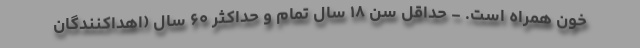
خون همراه است. - حداقل سن ۱۸ سال تمام و حداکثر ۶۰ سال (اهداکنندگان